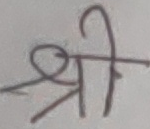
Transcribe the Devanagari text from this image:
श्री